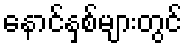
နောင်နှစ်များတွင်